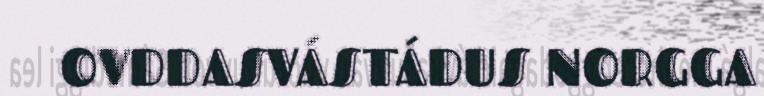
OVDDASVÁSTÁDUS NORGGA